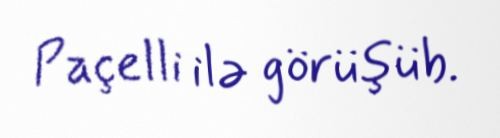
Paçelli ilə görüşüb.